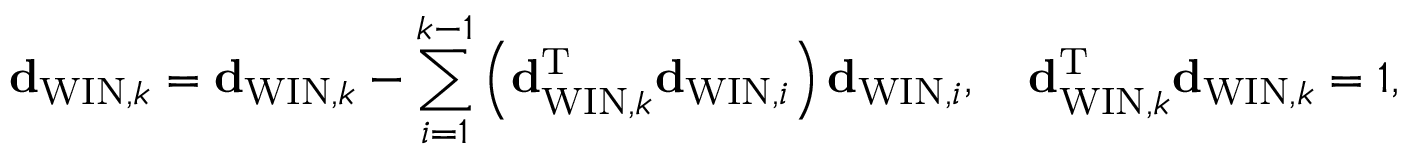
{ \bf d } _ { \mathrm { W I N } , k } = { \bf d } _ { \mathrm { W I N } , k } - \sum _ { i = 1 } ^ { k - 1 } \left( { \bf d } _ { \mathrm { W I N } , k } ^ { \mathrm { T } } { \bf d } _ { \mathrm { W I N } , i } \right) { \bf d } _ { \mathrm { W I N } , i } , \quad { \bf d } _ { \mathrm { W I N } , k } ^ { \mathrm { T } } { \bf d } _ { \mathrm { W I N } , k } = 1 ,